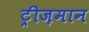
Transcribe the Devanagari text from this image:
ट्रीज़मान